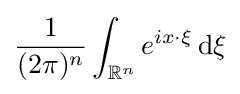
{\frac {1}{(2\pi )^{n}}}\int _{\mathbb {R} ^{n}}e^{ix\cdot \xi }\,\mathrm {d} \xi